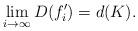
LaTeX: \begin{align*}\lim_{i\rightarrow \infty}{D(f'_{i})}=d(K).\end{align*}